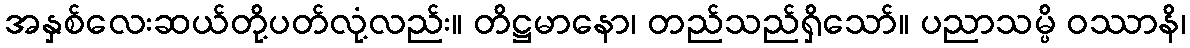
အနှစ်လေးဆယ်တို့ပတ်လုံ့လည်း။ တိဋ္ဌမာနော၊ တည်သည်ရှိသော်။ ပညာသမ္ပိ ဝဿာနိ၊